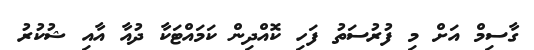
ގާސިމް އަށް މި ފުރުސަތު ފަހި ކޮއްދިން ކަމައްޓަކާ ދުއާ އާއި ޝުކުރު